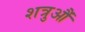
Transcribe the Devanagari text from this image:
शत्रुऔं